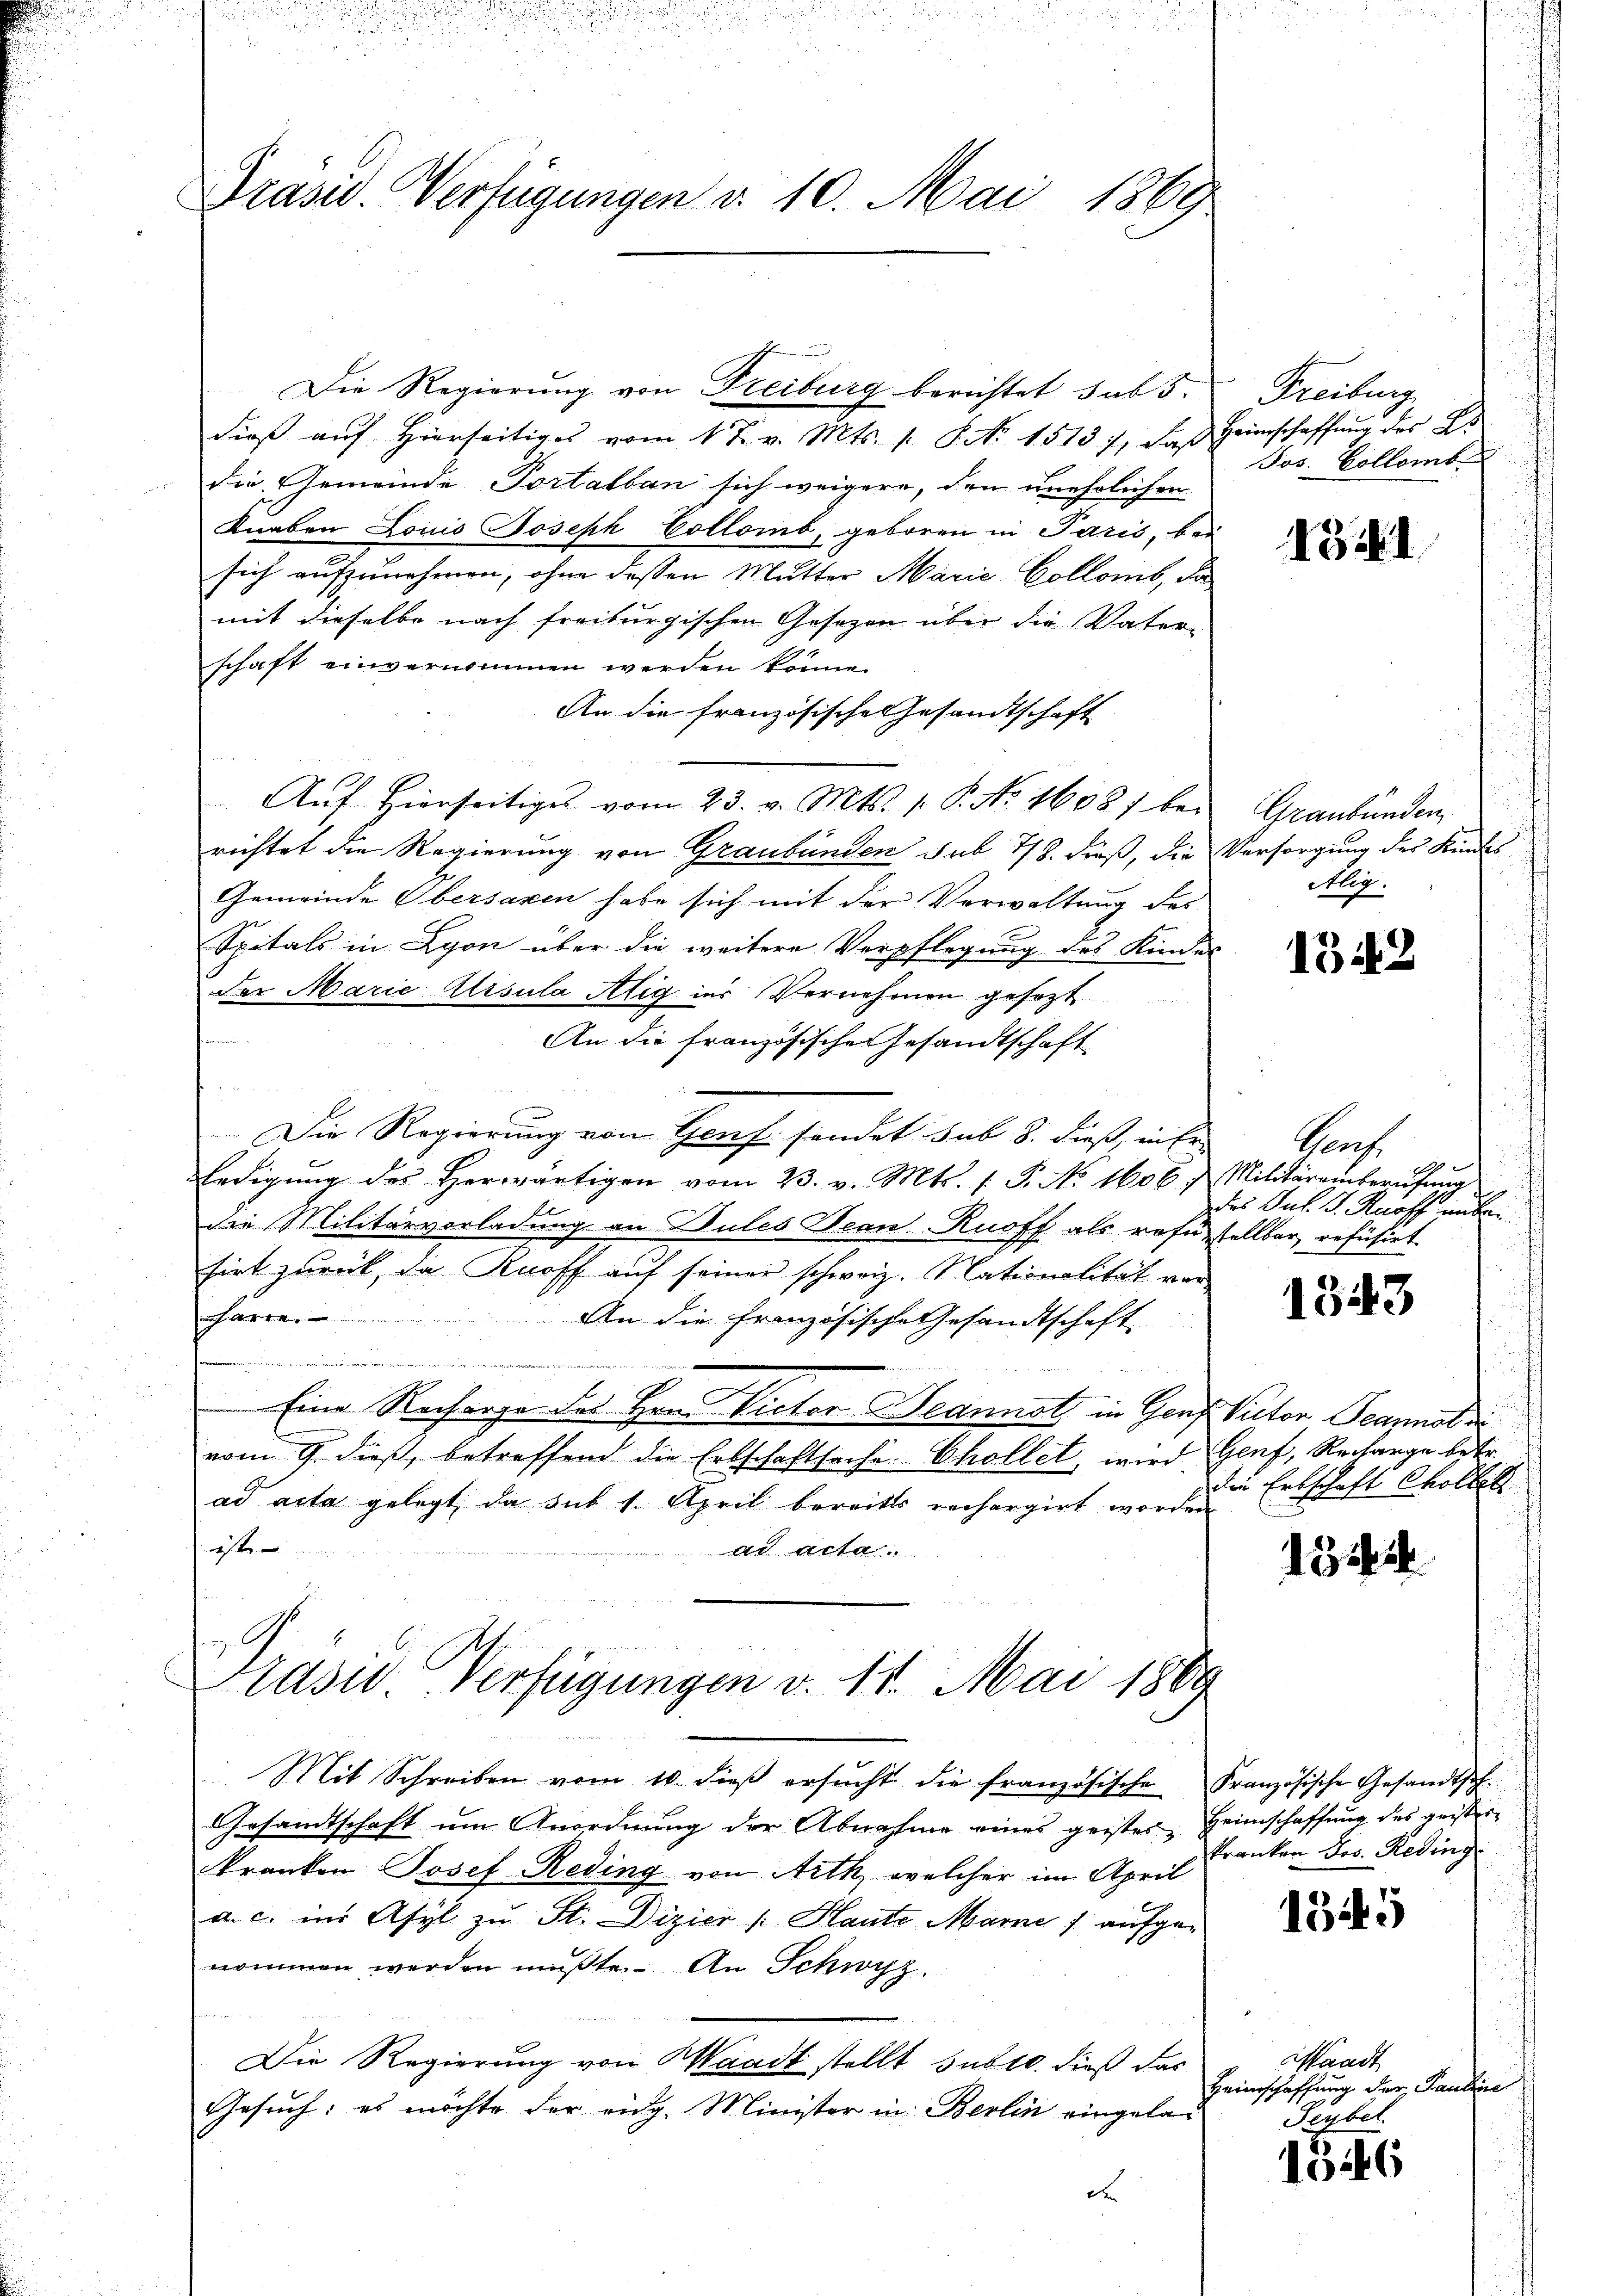
Präsid. Verfügungen d. 10. Mai 1869.

Die Regierung von Freiburg berichtet sub 5
dieβ aŭf hierseitiges vom 1 t v. Mts. s. S. Nr. 15137, daß
die Gemeinde Portalban sich weigere, den unehelichen
Knaben Lois Joseph Collomb, geboren in Paris, bei
sich aufzunehmen, ohne dessen Mutter Marie Collomb, da
mit dieselbe nach freiburgischen Gesetzen über die Vater-
schaft einvernommen werden könne.
An die französische Gesandtschaft
Aŭf hierseitiges vom 23. v. Mts. 1. P. No. 1608/ be-
richtet die Regierung von Graubünden sub 7/8 dieß, die
Gemeinde Obersaxen habe sich mit der Verwaltung des
Spitals in Lyon über die weitere Verpflegung des Kindes
Der Marie Altsula Alig ins Vernehmen gesezt
h
An die französischen Gesandtschaft
Die Regierung von Genf sendet sub 8. dieß, in Er
ledigŭng des herwärtigen vom 23. v. Mts. 1. P. No 1606 f. Militäreinberufung
die Militärverladung an Dules Beau-Rnoff als refusstellbar, refüsirt
sirt zurück, da Knoff aŭf seiner schweiz. Nationalität vor
harre. An die Französische Gesandtschaft

 Eine Recharge des Hrn. Victor Heannst in Genf
vom 9. dieß, betreffend die Erbschaftsache Chollet, wird
ad acta gelegt, da sub 1. April bereits rechargirt worden
ist
ad acta.

Gras Verfügungen v. 11. Mai 1889

Mit Schreiben vom 10. dieβ ersŭcht die französische Französische Gesandtsch.
Gesandtschaft um Anordnung der Abnahme eines geistes Heimschaffung des geisterkranken Josef Reding von Aith, welcher im April
a. c. im Asyl zu St. Dizier (: Haute Marne f aufgenommen werden mußte. An Schwyz.
Die Regierung von Waadt stellt sub 10. dieß das
Gesuch: es möchte der eidg. Minister in Berlin eingelad

Freiburg
Heinschaffung des A
Jos. Collomb

1941

Graubünden
Versorgung des Kindes
Alig.

1342

Prof.
des Jul. J. Knoff unbe¬

1343

Victor Jeannola
Genf, Recharge betr.
die Erbschaft Collet

2

kranken Jos. Reding

1345

1346

aadt
Heinschaffung der Pauline
Seybel.